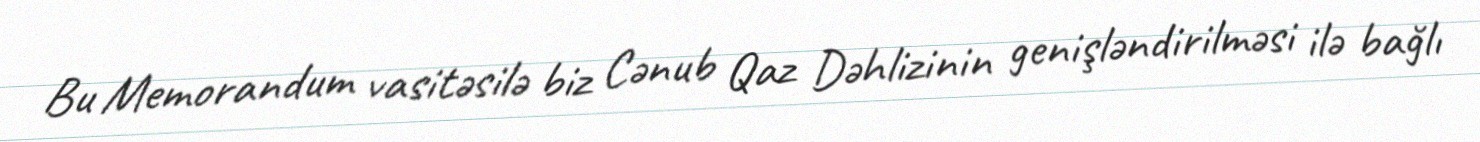
Bu Memorandum vasitəsilə biz Cənub Qaz Dəhlizinin genişləndirilməsi ilə bağlı